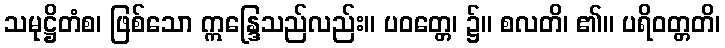
သမုဋ္ဌိတံစ၊ ဖြစ်သော ဣန္ဒြေသည်လည်း။ ပဝတ္တေ၊ ၌။ စလတိ၊ ၏။ ပရိဝတ္တတိ၊